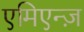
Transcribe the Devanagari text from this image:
एमिएन्ज़